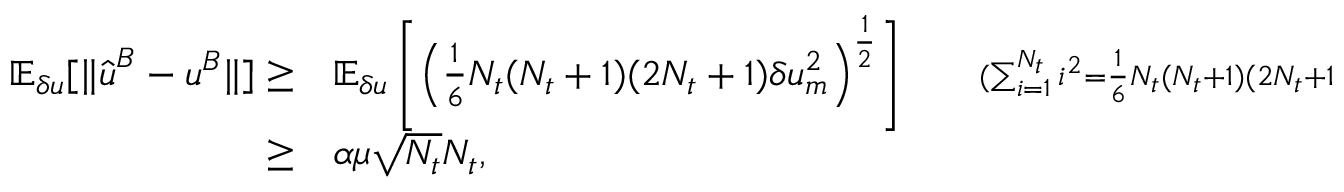
\begin{array} { r l r } { \mathbb { E } _ { \delta u } [ \| \hat { \boldsymbol { u } } ^ { B } - \boldsymbol { u } ^ { B } \| ] \ge } & { { } \mathbb { E } _ { \delta u } \left[ \left( \frac { 1 } { 6 } N _ { t } ( N _ { t } + 1 ) ( 2 N _ { t } + 1 ) \delta u _ { m } ^ { 2 } \right) ^ { \frac { 1 } { 2 } } \right] } & { \quad { \scriptstyle ( \sum _ { i = 1 } ^ { N _ { t } } i ^ { 2 } = \frac { 1 } { 6 } N _ { t } ( N _ { t } + 1 ) ( 2 N _ { t } + 1 ) ) } } \\ { \ge } & { { } \alpha \mu \sqrt { N _ { t } } N _ { t } , } \end{array}